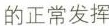
的正常发挥